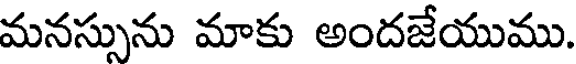
మనస్సును మాకు అందజేయుము.